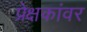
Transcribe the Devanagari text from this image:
प्रेक्षकांवर